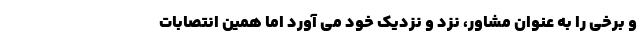
و برخی را به عنوان مشاور، نزد و نزدیک خود می آورد اما همین انتصابات